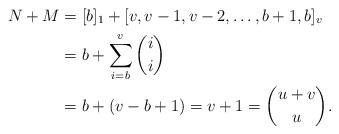
LaTeX: \begin{align*} N+M &= [b]_1 + [v,v-1,v-2,\dots,b+1,b]_v \\ &= b + \sum_{i=b}^v \binom{i}i \\ &= b +(v-b+1) = v+1 = \binom{u+v}{u}. \end{align*}